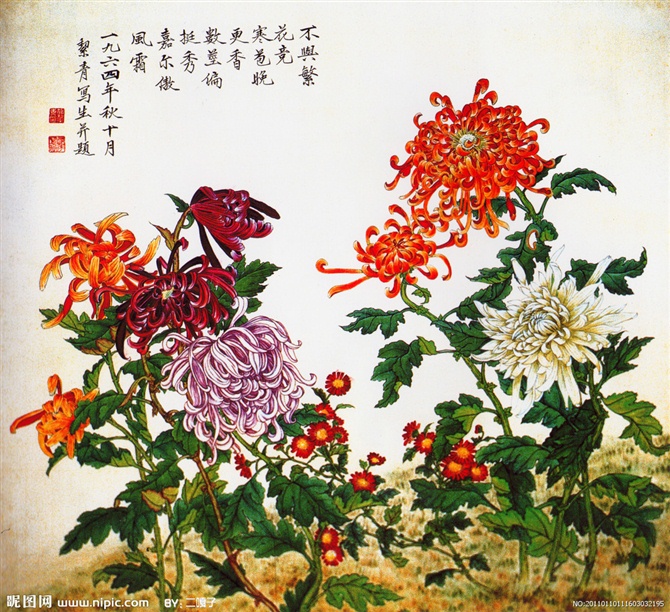
台高不尽看枫叶，院净何须坐菊花。